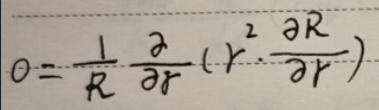
\[
0 = \frac{1}{R} \frac{\partial}{\partial r} \left( r^{2} \frac{\partial R}{\partial r} \right)
\]